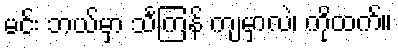
မင်း ဘယ်မှာ သင်္ကြန် ကျမှာလဲ၊ ကိုထက်။